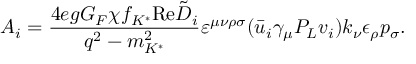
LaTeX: A _ { i } = { \frac { 4 e g G _ { F } \chi f _ { K ^ { * } } \mathrm { R e } \tilde { D } _ { i } } { q ^ { 2 } - m _ { K ^ { * } } ^ { 2 } } } \varepsilon ^ { \mu \nu \rho \sigma } ( \bar { u } _ { i } \gamma _ { \mu } P _ { L } v _ { i } ) k _ { \nu } \epsilon _ { \rho } p _ { \sigma } .